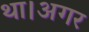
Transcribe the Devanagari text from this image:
था।अगर